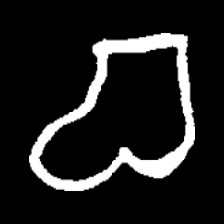
Pyu character \u2014 Myanmar letter: စ (romanized: ca)